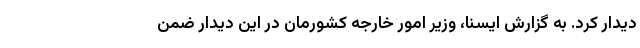
دیدار کرد. به گزارش ایسنا، وزیر امور خارجه کشورمان در این دیدار ضمن